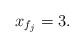
LaTeX: \begin{align*} x_{f_j} &= 3. \end{align*}